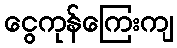
ငွေကုန်ကြေးကျ